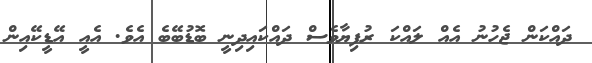
ދައްކަން ޖެހުުނު އެއް ލައްކަ ރުފިޔާވެސް ދައްކައިދިނީ ބޮޑުބޭބެ އެވެ. އެއީ އޭޑީކޭއިން